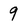
Character: 9